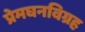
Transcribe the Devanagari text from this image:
प्रेमघनविग्रह